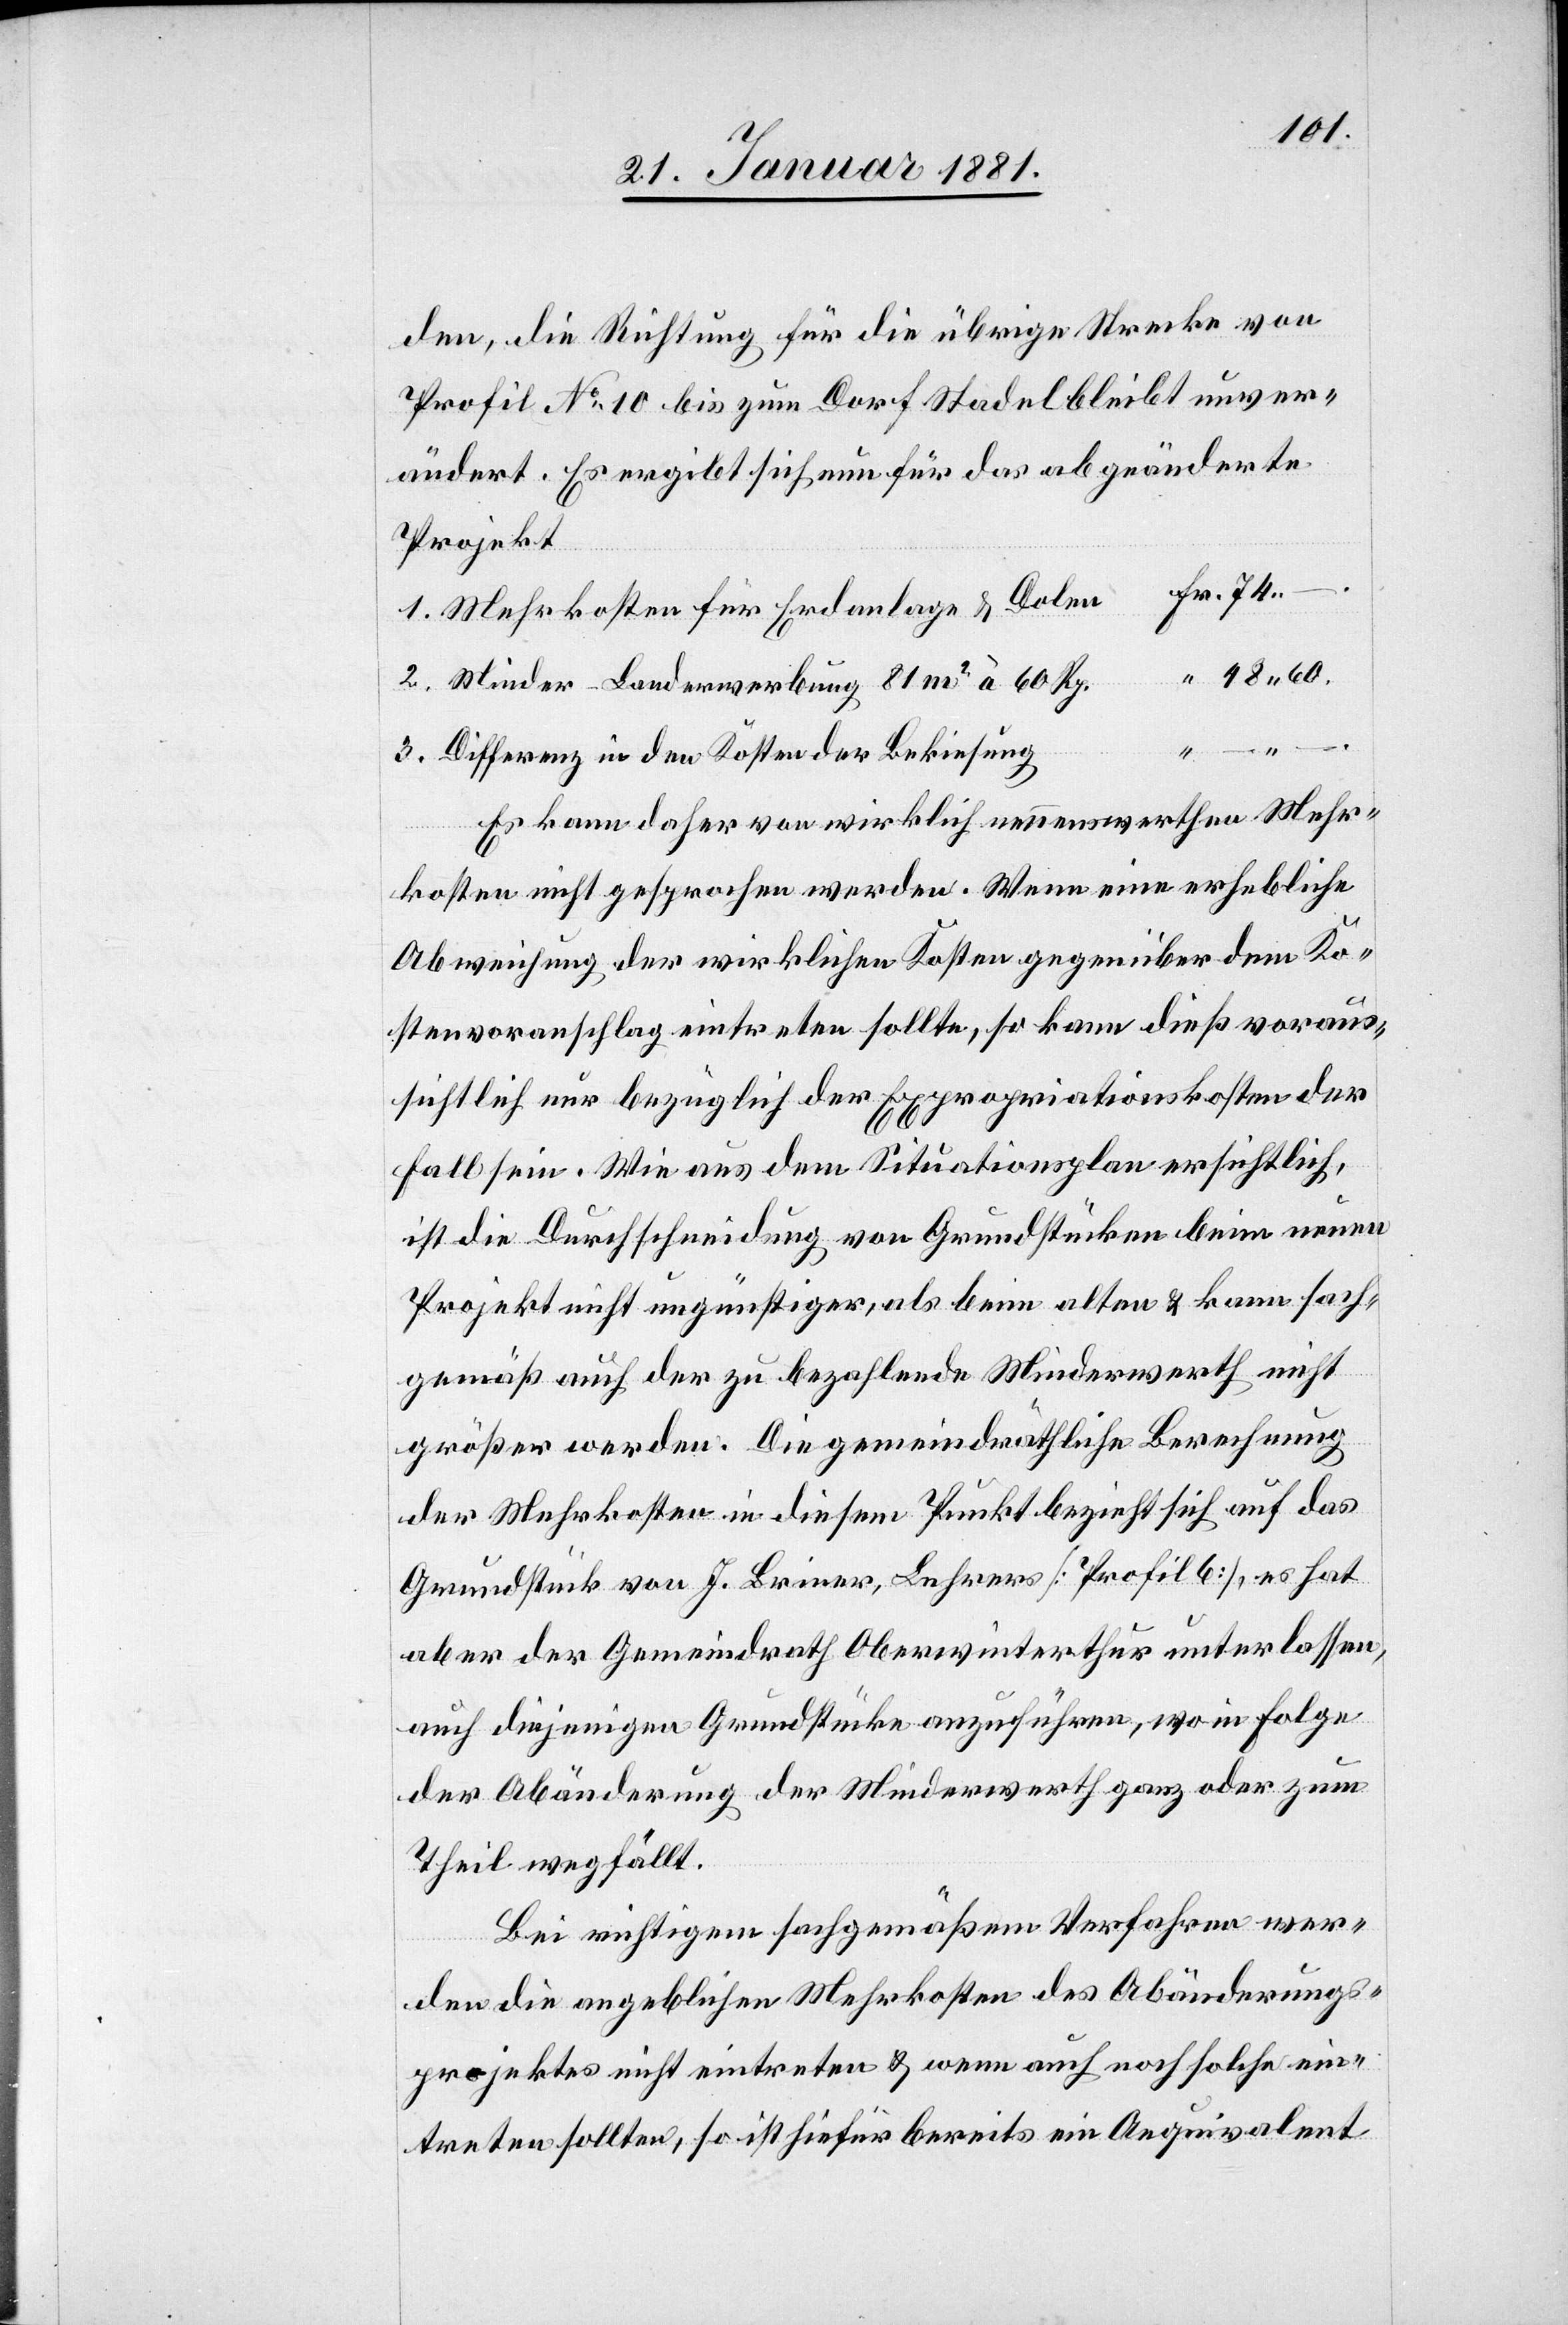
den, die Richtung für die übrige Strecke von
Profil No 10 bis zum Dorf Stadel bleibt unver¬
ändert. Es ergibt sich nun für das abgeänderte
Projekt
beim alten & fach¬
Differenz in den Kosten der Bekiesung
Es kann daher von wirklich nennenswerthen Mehr¬
kosten nicht gesprochen werden. Wenn eine erhebliche
Abweichung der wirklichen Kosten gegenüber dem Ko¬
stenvoranschlag eintreten sollte, so kann dieß voraus¬
sichtlich nur bezüglich der Expropriationskosten der
60.
Fall sein. Wie aus dem Situationsplan ersichtlich,
ist die Durchschneidung von Grundstücken beim neuen
gemäß auch der zu bezahlende Minderwerth nicht
größer werden. Die gemeindräthliche Berechnung
der Mehrkosten in diesem Punkt bezieht sich auf das
Grundstück von J. Briner, Lehrer [Profil 6], es hat
aber der Gemeindrath Oberwinterthur unterlassen,
auch diejenigen Grundstücke anzuführen, wo in Folge
der Abänderung der Minderwerth ganz oder zum
Theil wegfällt.
Bei richtigem fachgemäßem Verfahren wer¬
den die angeblichen Mehrkosten des Abänderungs¬
projektes nicht eintreten & wenn auch noch solche ein¬
treten sollten, so ist hiefür bereits ein Aequivalent